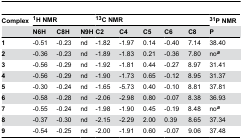
<table><thead><tr><td><b>Complex</b></td><td colspan="3"><b><sup>1</sup>H NMR</b></td><td colspan="5"><b><sup>13</sup>C NMR</b></td><td><b><sup>31</sup>P NMR</b></td></tr><tr><td></td><td><b>N6H</b></td><td><b>C8H</b></td><td><b>N9H</b></td><td><b>C2</b></td><td><b>C4</b></td><td><b>C5</b></td><td><b>C6</b></td><td><b>C8</b></td><td><b>P </b></td></tr></thead><tbody><tr><td><b>1</b></td><td>-0.51</td><td>-0.23</td><td>nd</td><td>-1.82</td><td>-1.97</td><td>0.14</td><td>-0.40</td><td>7.14</td><td>38.40</td></tr><tr><td><b>2</b></td><td>-0.36</td><td>-0.23</td><td>nd</td><td>-1.89</td><td>-1.83</td><td>0.21</td><td>-0.36</td><td>7.80</td><td>no<b><sup><i>a</i></sup></b></td></tr><tr><td><b>3</b></td><td>-0.56</td><td>-0.29</td><td>nd</td><td>-1.92</td><td>-1.81</td><td>0.44</td><td>-0.27</td><td>8.97</td><td>31.41</td></tr><tr><td><b>4</b></td><td>-0.56</td><td>-0.29</td><td>nd</td><td>-1.90</td><td>-1.73</td><td>0.65</td><td>-0.12</td><td>8.95</td><td>31.37</td></tr><tr><td><b>5</b></td><td>-0.30</td><td>-0.24</td><td>nd</td><td>-1.65</td><td>-5.73</td><td>0.40</td><td>-0.10</td><td>8.81</td><td>37.81</td></tr><tr><td><b>6</b></td><td>-0.58</td><td>-0.28</td><td>nd</td><td>-2.06</td><td>-2.98</td><td>0.80</td><td>-0.07</td><td>8.38</td><td>36.93</td></tr><tr><td><b>7</b></td><td>-0.55</td><td>-0.24</td><td>nd</td><td>-1.98</td><td>-1.90</td><td>0.45</td><td>-0.19</td><td>8.48</td><td>no<b><sup><i>a</i></sup></b></td></tr><tr><td><b>8</b></td><td>-0.37</td><td>-0.30</td><td>nd</td><td>-2.15</td><td>-2.29</td><td>2.00</td><td>0.39</td><td>8.65</td><td>37.34</td></tr><tr><td><b>9</b></td><td>-0.54</td><td>-0.25</td><td>nd</td><td>-2.00</td><td>-1.91</td><td>0.60</td><td>-0.07</td><td>9.06</td><td>37.48</td></tr></tbody></table>